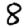
Digit: 8